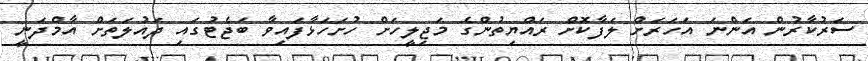
ސަރުކާރުން އަންނަ އަހަރަށް ލަފާކޮށް ރައްޔިތުންގެ މަޖިލީހަށް ހުށަހަޅާފައިވާ ބަޖެޓުގައި ދައުލަތަށް އާމްދަނީ